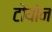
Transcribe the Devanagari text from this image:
टोयोन